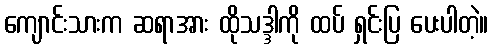
ကျောင်းသားက ဆရာအား ထိုသဒ္ဒါကို ထပ် ရှင်းပြ ပေးပါတဲ့။